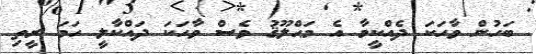
ބަހުން ވާހަކަ ދެއްކީމާ އެ މަޙްލޫޤު ވެސް ވާހަކަ ދައްކާލީ ހަމަ ރީތި